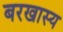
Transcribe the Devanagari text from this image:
बरखास्य